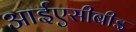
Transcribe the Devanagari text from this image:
आईएसीबीइ